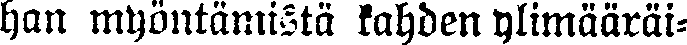
han myöntämistä kahden ylimääräi-